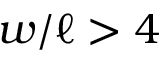
w / \ell > 4